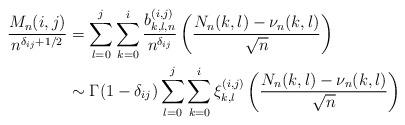
LaTeX: \begin{align*}\frac{M_n(i,j)}{n^{\delta_{ij}+1/2}}&= \sum_{l=0}^j\sum_{k=0}^i \frac{b_{k,l,n}^{(i,j)}}{n^{\delta_{ij}}}\left(\frac{N_n(k,l)-\nu_n(k,l)}{\sqrt{n}}\right)\\ & \sim \Gamma(1-\delta_{ij})\sum_{l=0}^j\sum_{k=0}^i\xi_{k,l}^{(i,j)}\left(\frac{N_n(k,l)-\nu_n(k,l)}{\sqrt{n}}\right)\end{align*}